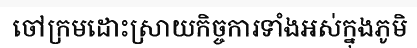
ចៅក្រមដោះស្រាយកិច្ចការទាំងអស់ក្នុងភូមិ